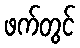
ဖက်တွင်